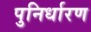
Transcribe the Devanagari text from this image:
पुनिर्धारण